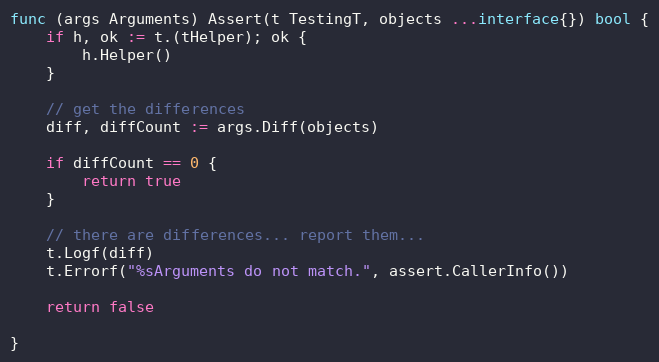
Language: Go
func (args Arguments) Assert(t TestingT, objects ...interface{}) bool {
	if h, ok := t.(tHelper); ok {
		h.Helper()
	}

	// get the differences
	diff, diffCount := args.Diff(objects)

	if diffCount == 0 {
		return true
	}

	// there are differences... report them...
	t.Logf(diff)
	t.Errorf("%sArguments do not match.", assert.CallerInfo())

	return false

}